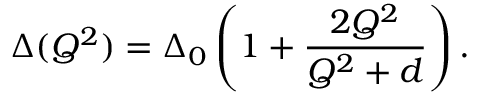
\Delta ( Q ^ { 2 } ) = \Delta _ { 0 } \left( 1 + \frac { 2 Q ^ { 2 } } { Q ^ { 2 } + d } \right) .